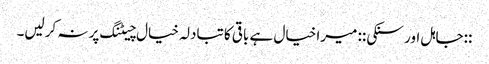
::جاہل اور سنکی:: میرا خیال ہے باقی کا تبادلہ خیال چیٹنگ پر نہ کرلیں۔